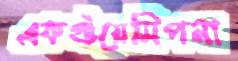
একগুঁয়েমিপনা